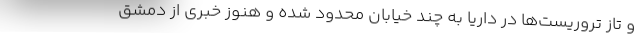
و تاز تروریست‌ها در داریا به چند خیابان محدود شده و هنوز خبری از دمشق